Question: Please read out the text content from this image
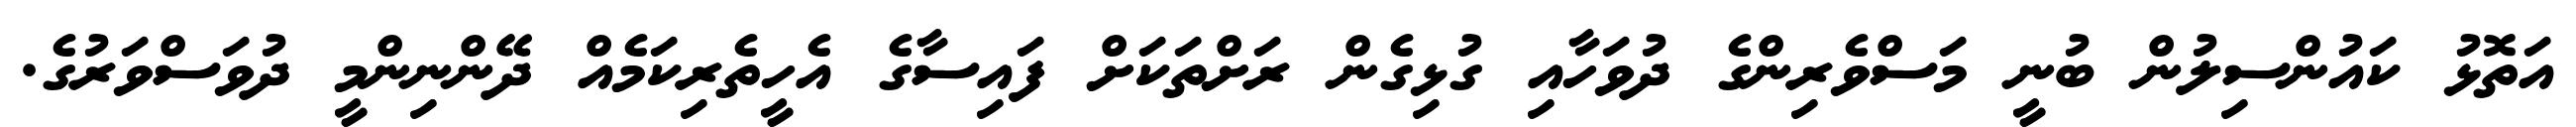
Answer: އަތޮޅު ކައުންސިލުން ބުނީ މަސްވެރިންގެ ދުވަހާއި ގުޅިގެން ރަށްތަކަށް ފައިސާގެ އެހީތެރިކަމެއް ދޭންނިންމީ ދުވަސްވަރުގެ.